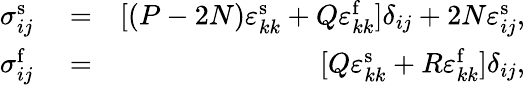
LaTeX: \begin{array}{rlr}{\sigma_{ij}^{\mathrm{s}}}&{{}=}&{[(P-2N)\varepsilon_{kk}^{\mathrm{s}}+Q\varepsilon_{kk}^{\mathrm{f}}]\delta_{ij}+2N\varepsilon_{ij}^{\mathrm{s}},}\\ {\sigma_{ij}^{\mathrm{f}}}&{{}=}&{[Q\varepsilon_{kk}^{\mathrm{s}}+R\varepsilon_{kk}^{\mathrm{f}}]\delta_{ij},}\end{array}